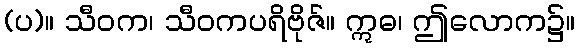
(ပ)။ သီဝက၊ သီဝကပရိဗိုဇ်။ ဣဓ၊ ဤလောက၌။